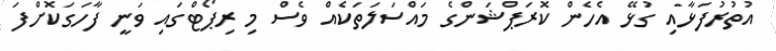
އުތުރުފަޅާއި ގުޅޭ އެހެން ކޮރަޕްޝަންގެ މައްސަލަތަކެއް ވެސް މި ރިޕޯޓްގައި ވަނީ ފާހަގަކޮށްފަ